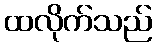
ထလိုက်သည်